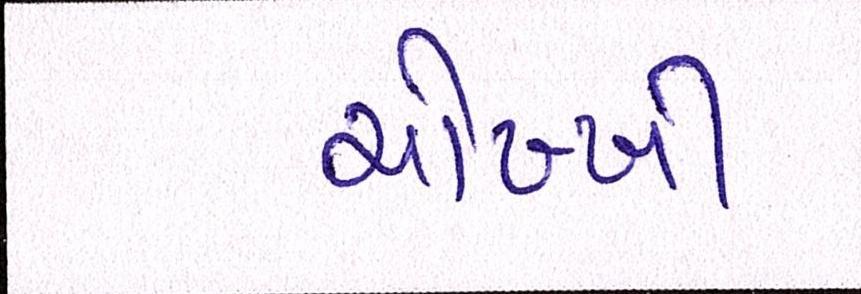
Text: ચોખ્ખી